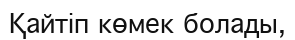
Қайтіп көмек болады,